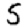
Digit: 5